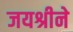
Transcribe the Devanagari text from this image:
जयश्रीने